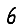
Digit: 6